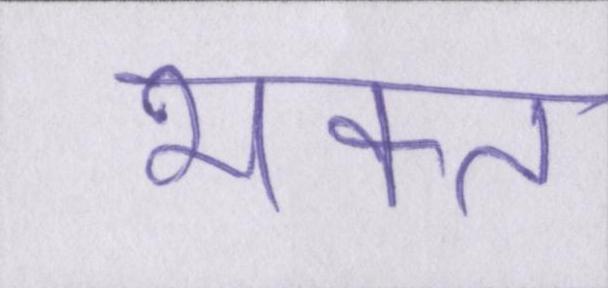
भक्त